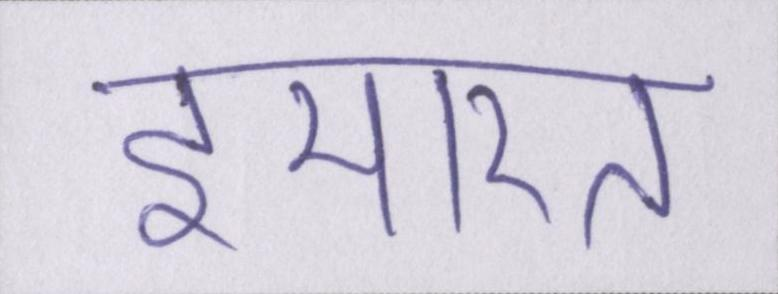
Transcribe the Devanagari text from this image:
इमारत